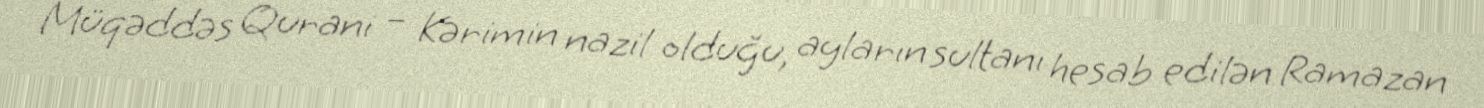
Müqəddəs Qurani – Kərimin nazil olduğu, ayların sultanı hesab edilən Ramazan